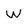
Character: w